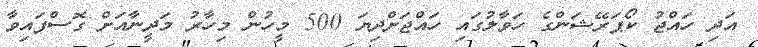
އަދި ހައްޖު ކޯޕަރޭޝަންގެ ހަވާލުގައި ހައްޖަށްދިޔަ 500 މީހުން މިހާރު މަދީނާއަށް ގޮސްފައިވާ